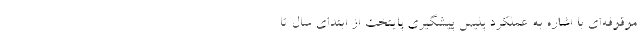
موقوفه‌ای با اشاره به عملکرد پلیس پیشگیری پایتخت از ابتدای سال تا